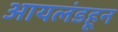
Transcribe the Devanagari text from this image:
आयलंडहून